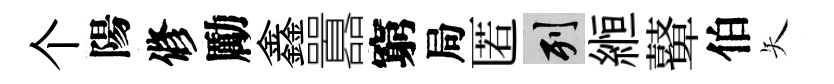
个陽修勵鑫囂窮局匿列縆鼙伯矢